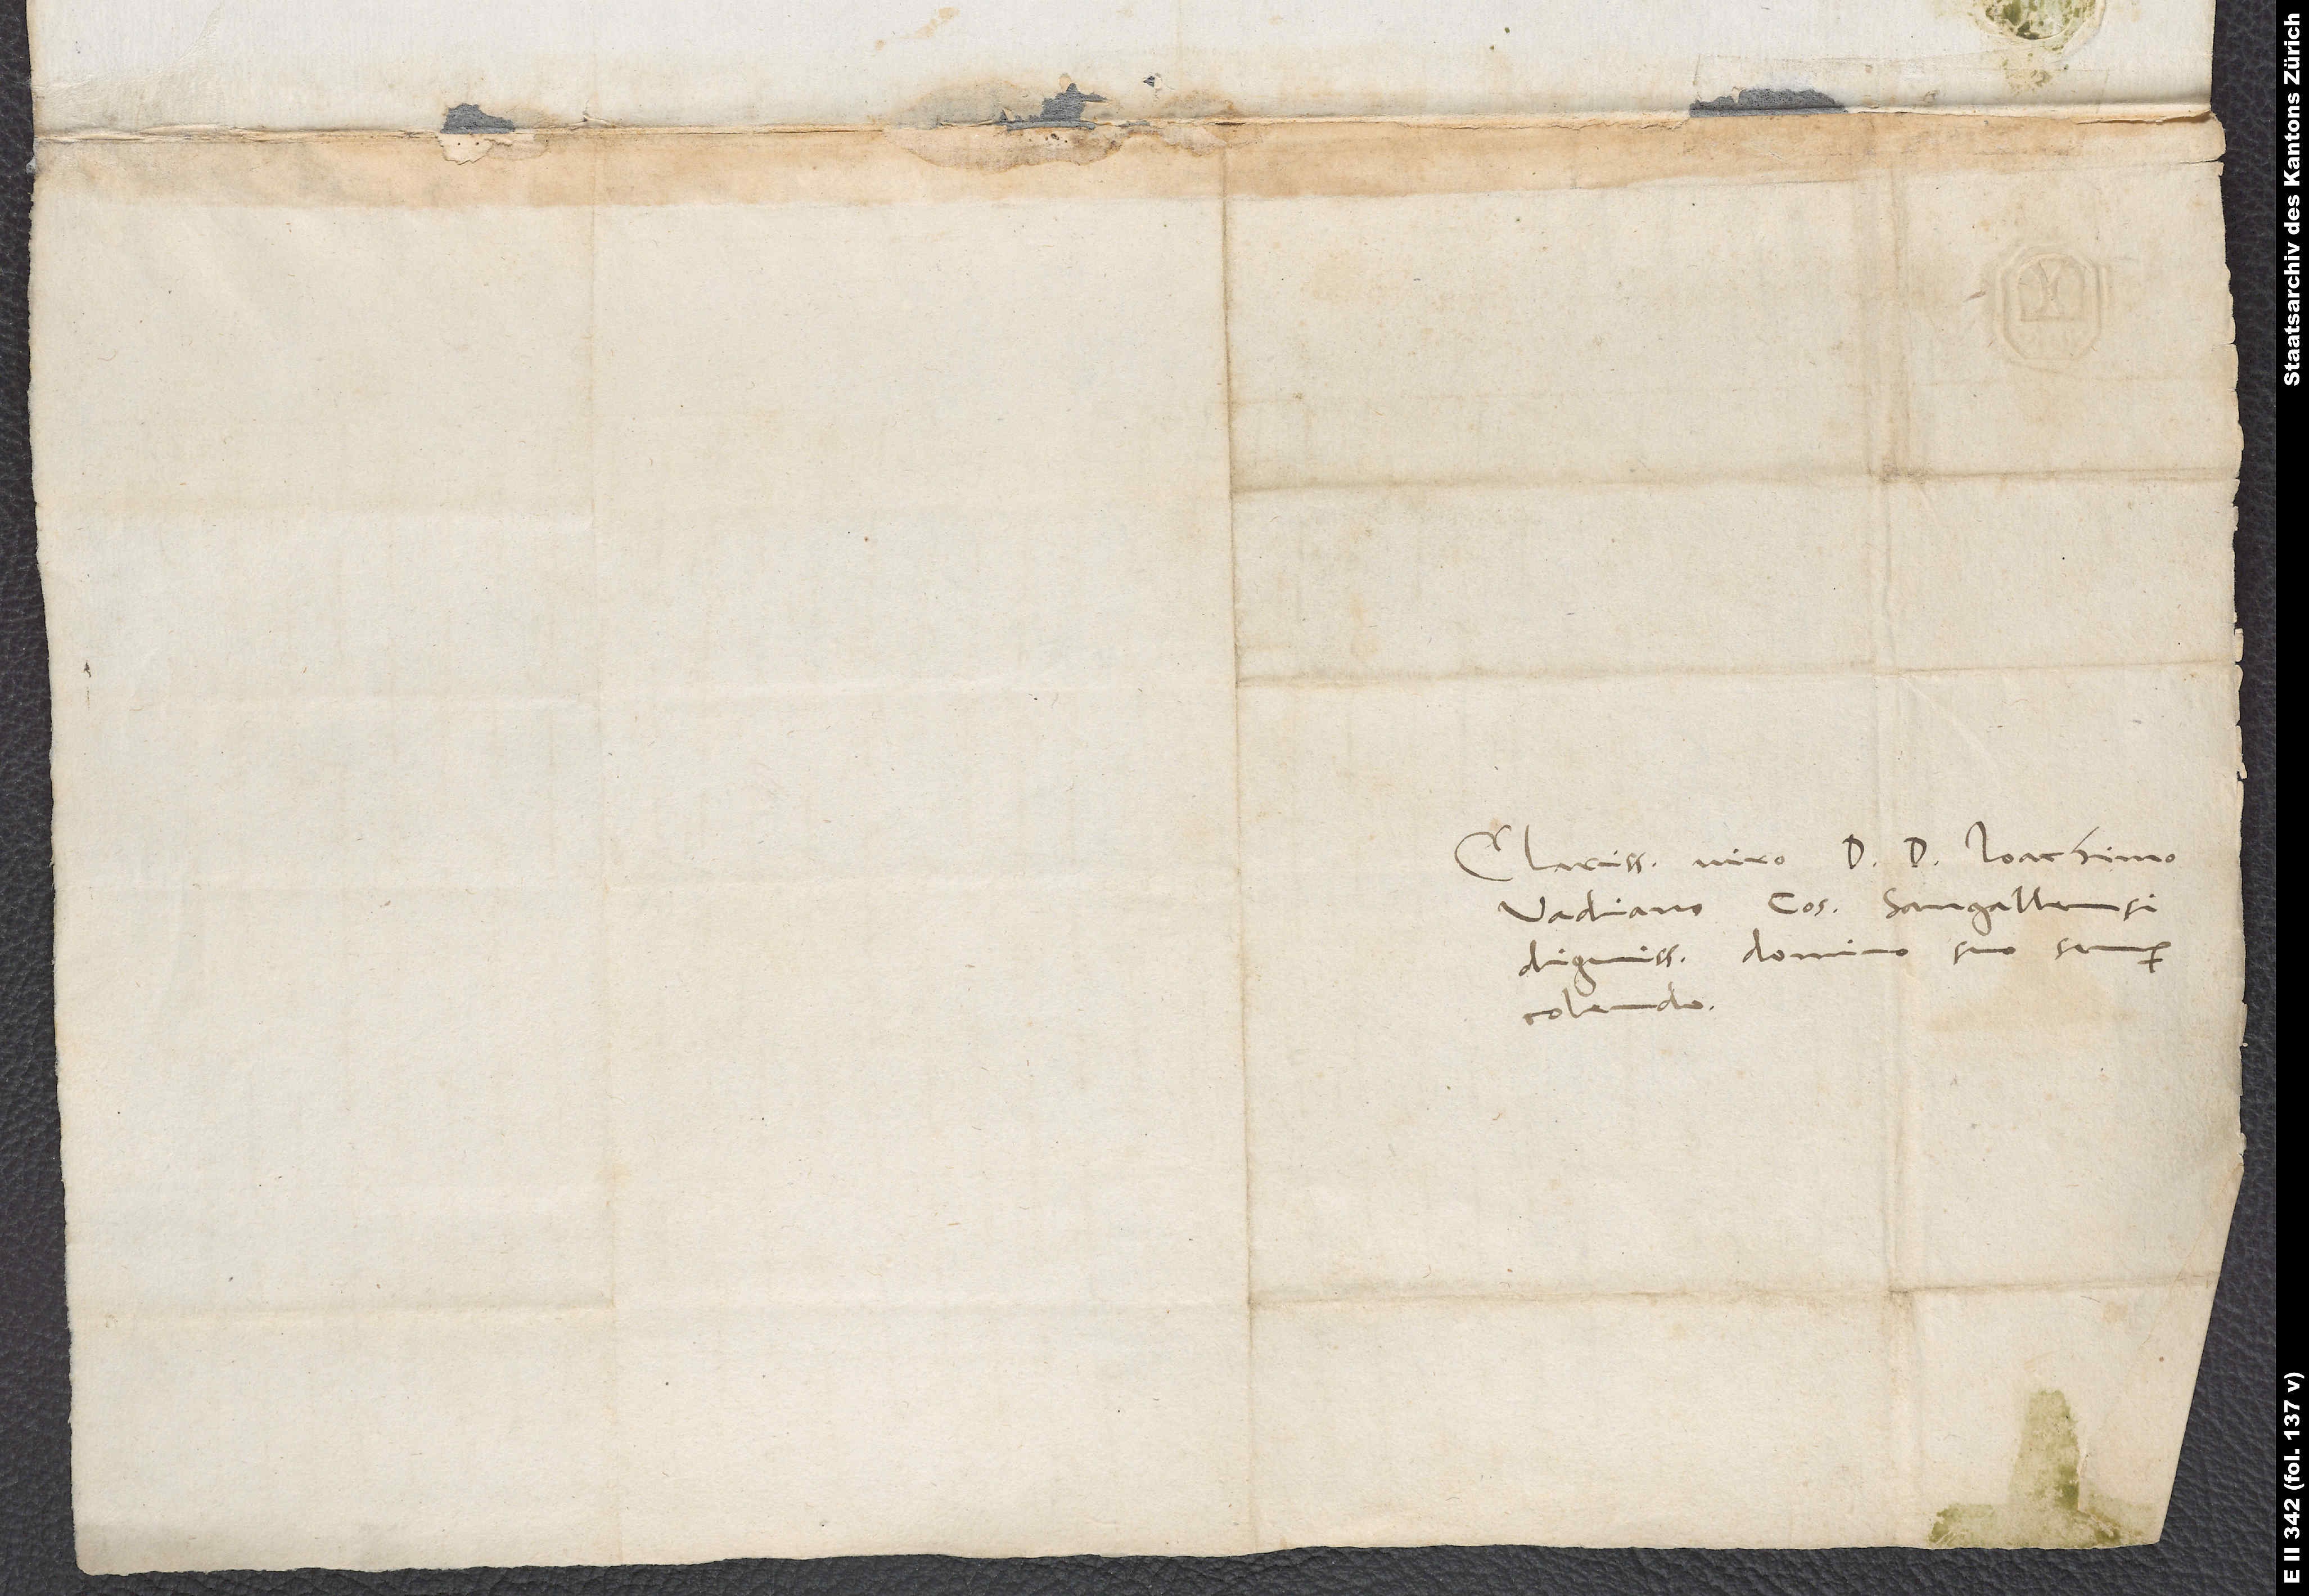
S.
Clarissimo viro D. D. Ioachimo
Vadiano, consuli Sangallensi
dignissimo, domino suo semper
colendo.